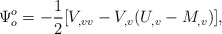
\begin{align*}\Psi_o^o=-{1 \over 2} [ V_{,vv}-V_{,v}(U_{,v}-M_{,v})],\end{align*}